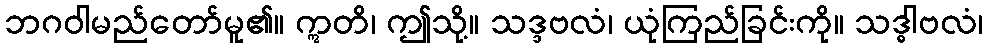
ဘဂဝါမည်တော်မူ၏။ ဣတိ၊ ဤသို့။ သဒ္ဒဗလံ၊ ယုံကြည်ခြင်းကို။ သဒ္ဓါဗလံ၊